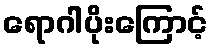
ရောဂါပိုးကြောင့်